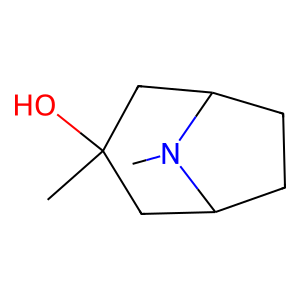
SMILES: CN1C2CCC1CC(C)(O)C2
Inhibits HIV replication: No